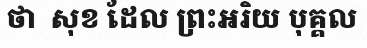
ថា  សុខ ដែល ព្រះអរិយ បុគ្គល